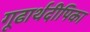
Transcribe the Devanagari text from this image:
गूढार्थदीपिका